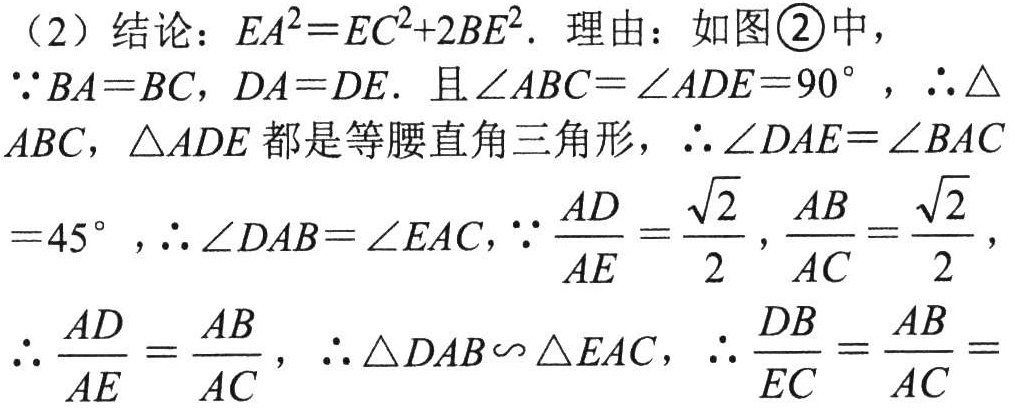
（2）结论：\(EA^{2}=EC^{2}+2BE^{2}\). 理由：如图\textcircled{2}中，
\(\because BA = BC\)，\(DA = DE\). 且\(\angle ABC=\angle ADE = 90^{\circ}\)，\(\therefore \triangle\)
\(ABC\)，\(\triangle ADE\)都是等腰直角三角形，\(\therefore \angle DAE=\angle BAC\)
\( = 45^{\circ}\)，\(\therefore \angle DAB=\angle EAC\)，\(\because \frac{AD}{AE}=\frac{\sqrt{2}}{2}\)，\(\frac{AB}{AC}=\frac{\sqrt{2}}{2}\)，
\(\therefore \frac{AD}{AE}=\frac{AB}{AC}\)，\(\therefore \triangle DAB\backsim\triangle EAC\)，\(\therefore \frac{DB}{EC}=\frac{AB}{AC} =\)